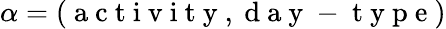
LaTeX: \alpha=(\mathrm{~a~c~t~i~v~i~t~y~,~d~a~y~-~t~y~p~e~})